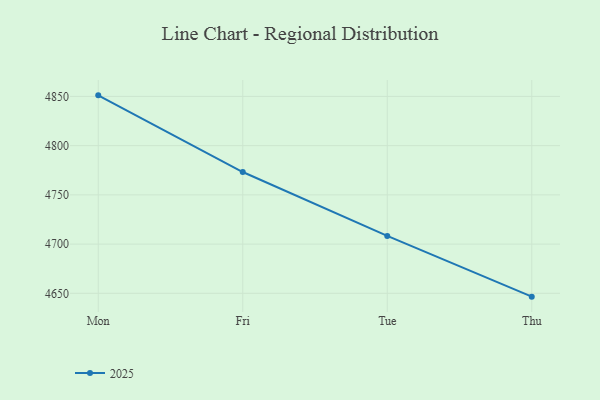
{"axis": {"x": "Day", "y": "Headcount"}, "legend": ["2025"], "data": [{"x": "Mon", "y": 4851.1, "type": "2025"}, {"x": "Fri", "y": 4773.2, "type": "2025"}, {"x": "Tue", "y": 4708.3, "type": "2025"}, {"x": "Thu", "y": 4646.6, "type": "2025"}]}